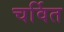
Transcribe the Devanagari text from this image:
चर्वित